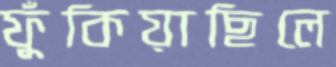
ফুঁকিয়াছিলে